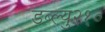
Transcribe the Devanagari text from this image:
डब्ल्यु२१०